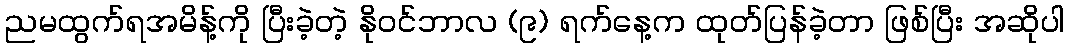
ညမထွက်ရအမိန့်ကို ပြီးခဲ့တဲ့ နိုဝင်ဘာလ (၉) ရက်နေ့က ထုတ်ပြန်ခဲ့တာ ဖြစ်ပြီး အဆိုပါ